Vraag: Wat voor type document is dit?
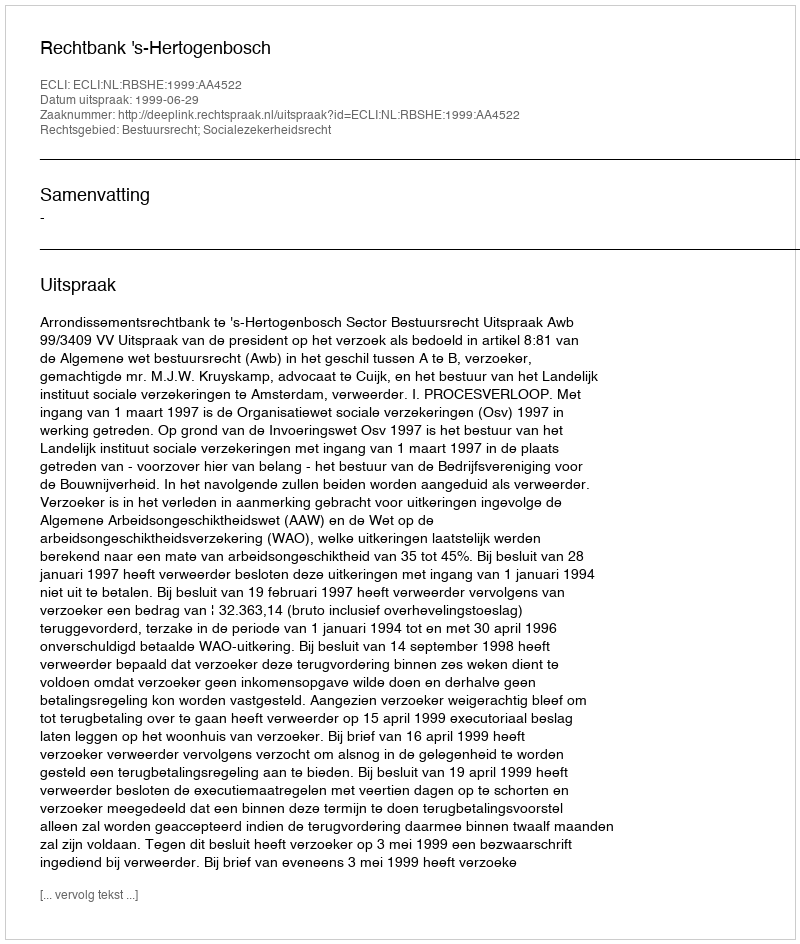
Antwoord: Uitspraak